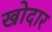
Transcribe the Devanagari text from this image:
खोदार